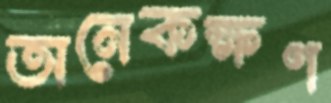
অনেকক্ষণ